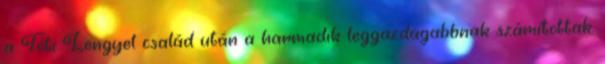
a Tóti Lengyel család után a harmadik leggazdagabbnak számítottak.